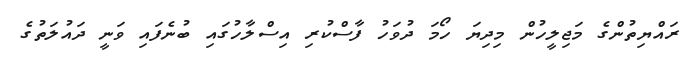
ރައްޔިތުންގެ މަޖިލީހުން މިދިޔަ ހޯމަ ދުވަހު ފާސްކުރި އިސްލާހުގައި ބުނެފައި ވަނީ ދައުލަތުގެ